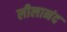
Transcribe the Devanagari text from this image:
लीलानंद